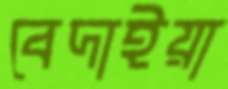
বেদাইয়া